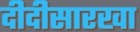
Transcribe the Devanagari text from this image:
दीदीसारखा